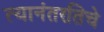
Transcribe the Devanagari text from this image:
त्यानंतरतिचे